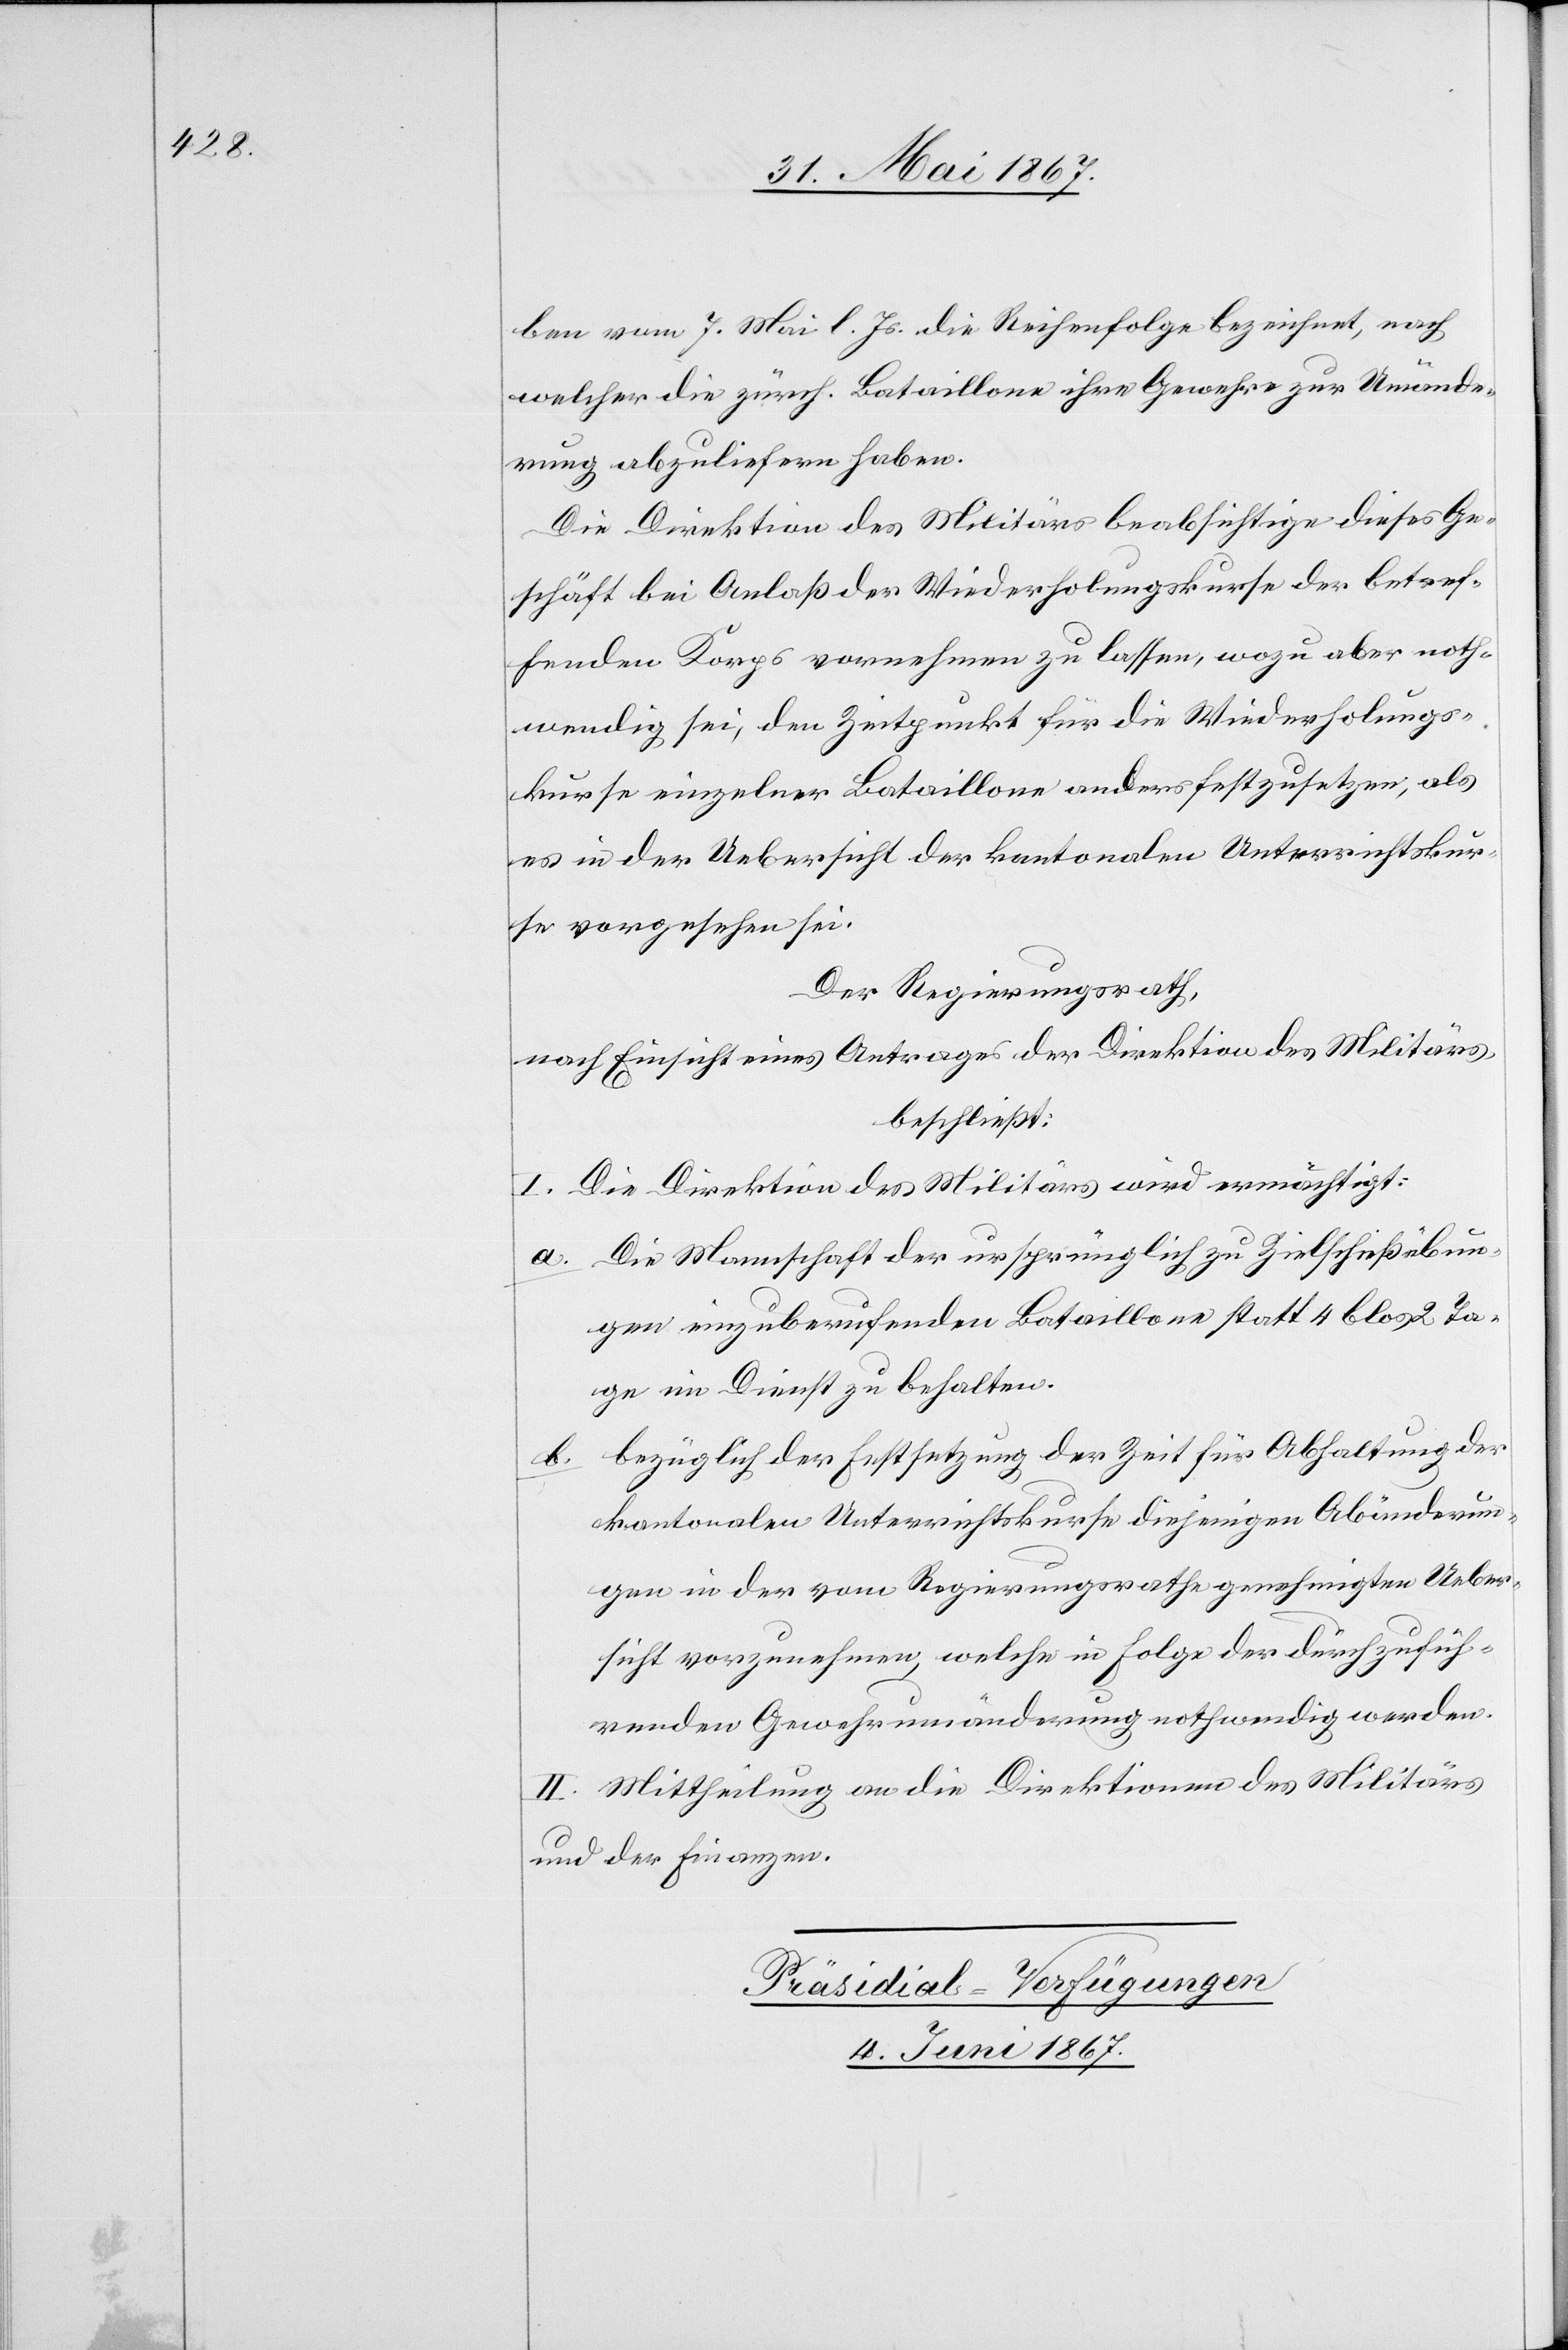
ben vom 7. Mai l. Js. die Reihenfolge bezeichnet, nach
welcher die zürch. Bataillone ihre Gewehre zur Umände¬
rung abzuliefern haben.
Die Direktion des Militärs beabsichtige dieses Ge¬
schäft bei Anlaß der Wiederholungskurse der betref¬
fenden Korps vornehmen zu lassen, wozu aber noth¬
wendig sei, den Zeitpunkt für die Wiederholungs¬
kurse einzelner Bataillone anders festzusetzen, als
es in der Uebersicht der kantonalen Unterrichtskur¬
se vorgesehen sei.
Der Regierungsrath,
nach Einsicht eines Antrages der Direktion des Militärs,
beschließt:
I. Die Direktion des Militärs wird ermächtigt:
a.	Die Mannschaft der ursprünglich zu Zielschießübun¬
gen einzuberufenden Bataillone statt 4 blos 2 Ta¬
ge im Dienst zu behalten.
b.	bezüglich der Festsetzung der Zeit für Abhaltung der
kantonalen Unterrichtskurse diejenigen Abänderun¬
gen in der vom Regierungsrathe genehmigten Ueber¬
sicht vorzunehmen, welche in Folge der durchzufüh¬
renden Gewehrsumänderung nothwendig werden.
II. Mittheilung an die Direktionen des Militärs
und der Finanzen.
Präsidial-Verfügungen.
4. Juni 1867.